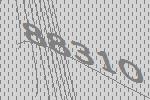
88310